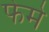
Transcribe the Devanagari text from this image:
फेमे